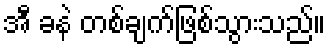
အီ ခနဲ တစ်ချက်ဖြစ်သွားသည်။